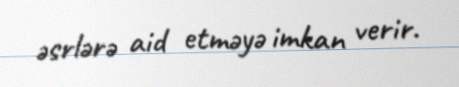
əsrlərə aid etməyə imkan verir.